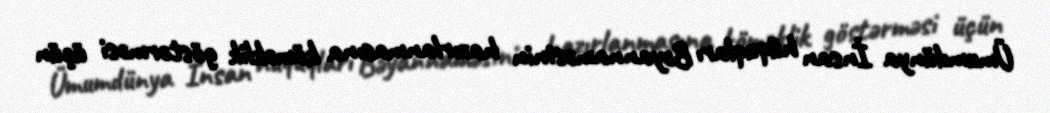
Ümumdünya İnsan hüquqları Bəyannaməsinin hazırlanmasına köməklik göstərməsi üçün